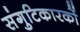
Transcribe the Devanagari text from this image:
संगुटिकारकों